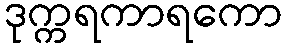
ဒုက္ကရကာရကော